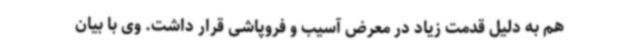
هم به دلیل قدمت زیاد در معرض آسیب و فروپاشی قرار داشت. وی با بیان